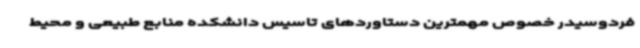
فردوسیدر خصوص مهمترین دستاوردهای تاسیس دانشکده منابع طبیعی و محیط